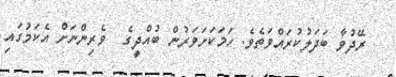
ރޭދުވާ ބަދަލުކުރައްވަތެވެ. ހަމަކަށަވަރުން ބުއްދީގެ  ވެރިންނަށް އެކަމުގައި